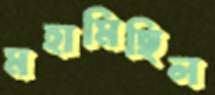
মহামিছিল